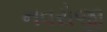
નવરોજી